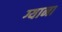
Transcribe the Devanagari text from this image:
ग्याना